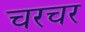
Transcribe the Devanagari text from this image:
चरचर